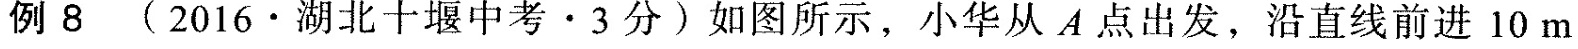
例8(2016\cdot 湖北十堰中考\cdot 3分)如图所示，小华从A点出发，沿直线前进10m